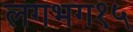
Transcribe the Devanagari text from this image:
लगभग१५